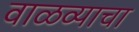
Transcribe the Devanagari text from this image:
वाळव्याचा